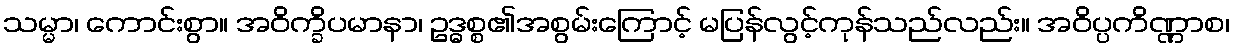
သမ္မာ၊ ကောင်းစွာ။ အဝိက္ခိပမာနာ၊ ဥဒ္ဓစ္စ၏အစွမ်းကြောင့် မပြန်လွင့်ကုန်သည်လည်း။ အဝိပ္ပကိဏ္ဏာစ၊